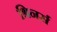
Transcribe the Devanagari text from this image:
श्रिनर्स